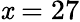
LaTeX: \mathit{x}=27